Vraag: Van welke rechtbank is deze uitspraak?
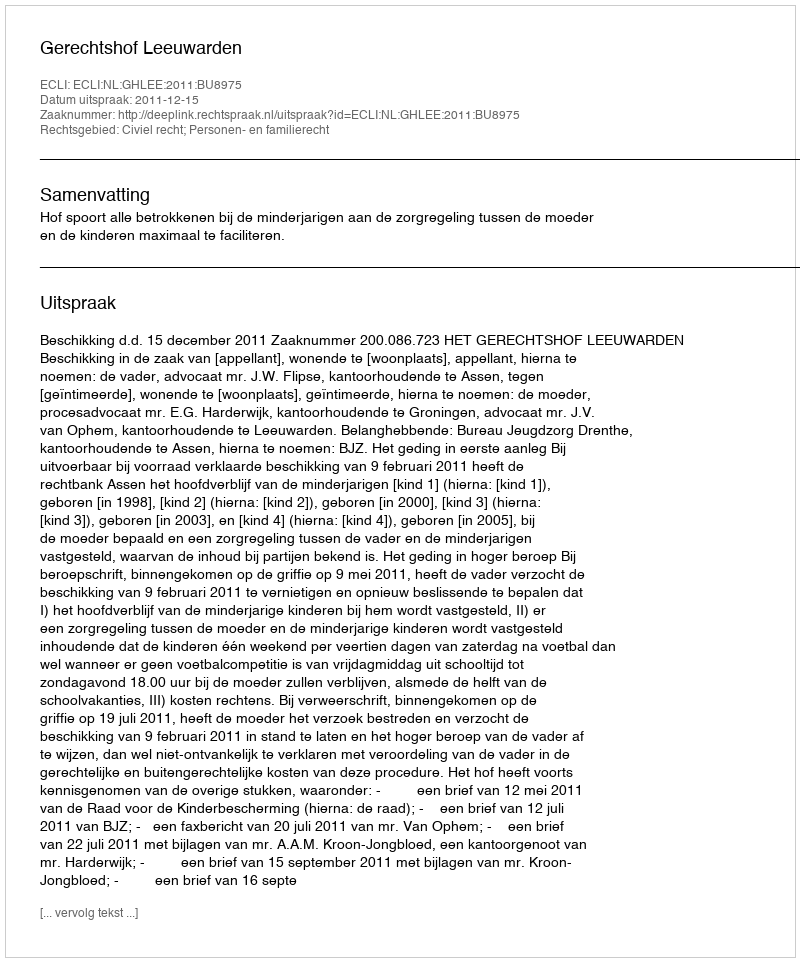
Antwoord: Gerechtshof Leeuwarden